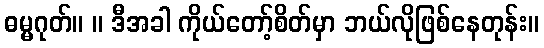
ဓမ္မဂုတ်။ ။ ဒီအခါ ကိုယ်တော့်စိတ်မှာ ဘယ်လိုဖြစ်နေတုန်း။